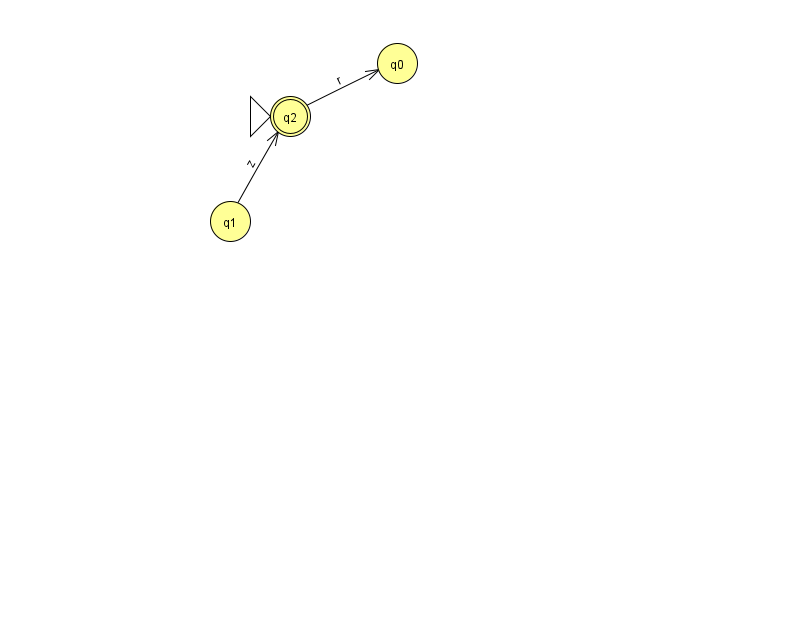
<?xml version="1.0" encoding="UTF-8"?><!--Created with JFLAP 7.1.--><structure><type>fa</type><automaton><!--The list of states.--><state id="0" name="q0"><x>397.0</x><y>50.0</y></state><state id="1" name="q1"><x>230.0</x><y>208.0</y></state><state id="2" name="q2"><x>290.0</x><y>103.0</y><initial/><final/></state><!--The list of transitions.--><transition><from>1</from><to>2</to><read>z</read></transition><transition><from>2</from><to>0</to><read>r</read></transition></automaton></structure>